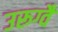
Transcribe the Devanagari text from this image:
उरूग्वै